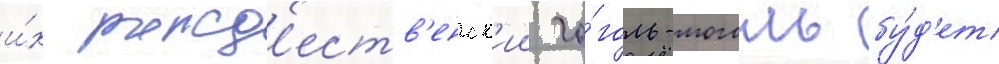
и́х рожд'еств'енск'ии го́голь-моголь бу́д'ет